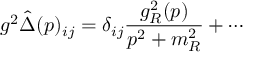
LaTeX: g ^ { 2 } \hat { \Delta } ( p ) _ { i j } = \delta _ { i j } \frac { g _ { R } ^ { 2 } ( p ) } { p ^ { 2 } + m _ { R } ^ { 2 } } + \cdots